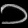
Digit: ၁